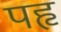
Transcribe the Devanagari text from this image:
पहृ